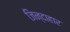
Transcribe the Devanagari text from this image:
जिन्दाहार